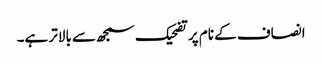
انصاف کے نام پر تضحیک سمجھ سے بالاتر ہے۔